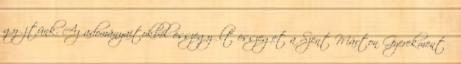
gyűjtünk. Az adományaitokból összegyűlt összeget a Szent Márton Gyerekmentő